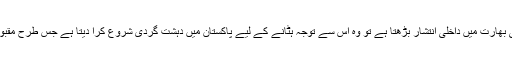
انھوں نے زلمے خلیل زاد کو بھارتی سازشوں سے آگاہ کرتے ہوئے کہا کہ جب بھی بھارت میں داخلی انتشار بڑھتا ہے تو وہ اس سے توجہ ہٹانے کے لیے پاکستان میں دہشت گردی شروع کرا دیتا ہے جس طرح مقبوضہ جموں و کشمیر پر عالمی توجہ بڑھنے پر بھارت نے پلوامہ کا ڈراما رچایا تھا۔